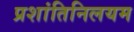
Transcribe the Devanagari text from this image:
प्रशांतिनिलयम